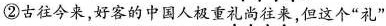
②古往今来，好客的中国人极重礼尚往来，但这个”礼”